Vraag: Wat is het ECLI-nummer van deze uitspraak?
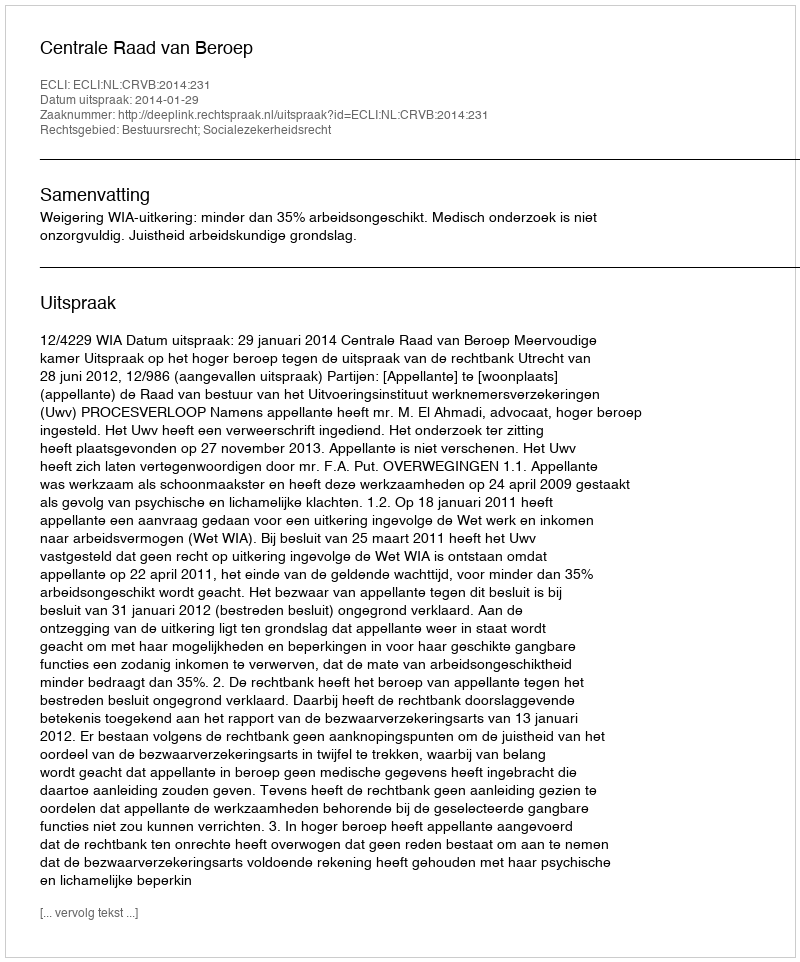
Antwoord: ECLI:NL:CRVB:2014:231